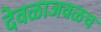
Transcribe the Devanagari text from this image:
देवळाजवळच